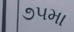
૭૫મા